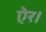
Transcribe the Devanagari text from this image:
ऐर।